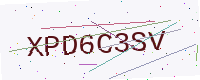
Text: XPD6C3SV